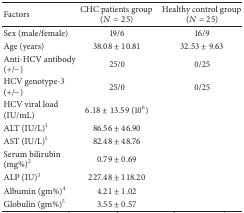
<table><thead><tr><td><b>Factors</b></td><td><b>CHC patients group (<i>N</i> = 25)</b></td><td><b>Healthy control group (<i>N</i> = 25)</b></td></tr></thead><tbody><tr><td>Sex (male/female)</td><td>19/6</td><td>16/9</td></tr><tr><td>Age (years) </td><td>38.08 ± 10.81</td><td>32.53 ± 9.63</td></tr><tr><td>Anti-HCV antibody (+/−)</td><td>25/0</td><td>0/25</td></tr><tr><td>HCV genotype-3 (+/−) </td><td>25/0</td><td>0/25</td></tr><tr><td>HCV viral load (IU/mL)</td><td>6.18 ± 13.59 (10<sup>6</sup>)</td><td> </td></tr><tr><td>ALT (IU/L)<sup>1</sup></td><td>86.56 ± 46.90</td><td> </td></tr><tr><td>AST (IU/L)<sup>1</sup></td><td>82.48 ± 48.76</td><td> </td></tr><tr><td>Serum bilirubin (mg%)<sup>2</sup></td><td>0.79 ± 0.69</td><td> </td></tr><tr><td>ALP (IU)<sup>3</sup></td><td>227.48 ± 118.20</td><td> </td></tr><tr><td>Albumin (gm%)<sup>4</sup></td><td>4.21 ± 1.02</td><td> </td></tr><tr><td>Globulin (gm%)<sup>5</sup></td><td>3.55 ± 0.57</td><td> </td></tr></tbody></table>